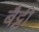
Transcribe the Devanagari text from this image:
बैट्टी